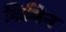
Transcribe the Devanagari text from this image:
विमिन